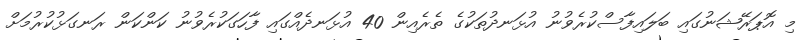
މި އޮޕަރޭޝަނުގައި ބަލައިފާސްކުރެވުނު އުޅަނދުތަކުގެ ތެރެއިން 40 އުޅަނދެއްގައި ފާހަގަކުރެވުނު ކަންކަން ރަނގަޅުކުރުމަށް